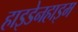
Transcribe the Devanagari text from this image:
हाइडेनहाइम